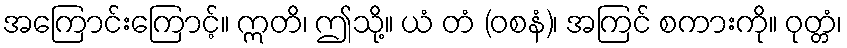
အကြောင်းကြောင့်။ ဣတိ၊ ဤသို့။ ယံ တံ (ဝစနံ)၊ အကြင် စကားကို။ ဝုတ္တံ၊